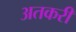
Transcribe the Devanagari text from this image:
अतकरी